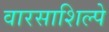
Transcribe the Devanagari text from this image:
वारसाशिल्पे